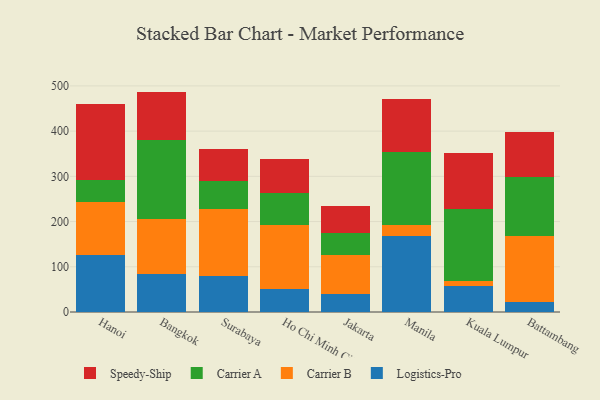
{"axis": {"x": "City", "y": "LTV (USD)"}, "legend": ["Carrier A", "Carrier B", "Logistics-Pro", "Speedy-Ship"], "data": [{"x": "Hanoi", "y": 125.1, "type": "Logistics-Pro"}, {"x": "Hanoi", "y": 118.8, "type": "Carrier B"}, {"x": "Hanoi", "y": 49.1, "type": "Carrier A"}, {"x": "Hanoi", "y": 166.6, "type": "Speedy-Ship"}, {"x": "Bangkok", "y": 83.8, "type": "Logistics-Pro"}, {"x": "Bangkok", "y": 122.7, "type": "Carrier B"}, {"x": "Bangkok", "y": 173.1, "type": "Carrier A"}, {"x": "Bangkok", "y": 107.8, "type": "Speedy-Ship"}, {"x": "Surabaya", "y": 80.2, "type": "Logistics-Pro"}, {"x": "Surabaya", "y": 148.4, "type": "Carrier B"}, {"x": "Surabaya", "y": 61.1, "type": "Carrier A"}, {"x": "Surabaya", "y": 71.7, "type": "Speedy-Ship"}, {"x": "Ho Chi Minh City", "y": 50.9, "type": "Logistics-Pro"}, {"x": "Ho Chi Minh City", "y": 140.6, "type": "Carrier B"}, {"x": "Ho Chi Minh City", "y": 71.8, "type": "Carrier A"}, {"x": "Ho Chi Minh City", "y": 75.6, "type": "Speedy-Ship"}, {"x": "Jakarta", "y": 39.0, "type": "Logistics-Pro"}, {"x": "Jakarta", "y": 86.1, "type": "Carrier B"}, {"x": "Jakarta", "y": 50.6, "type": "Carrier A"}, {"x": "Jakarta", "y": 57.7, "type": "Speedy-Ship"}, {"x": "Manila", "y": 168.2, "type": "Logistics-Pro"}, {"x": "Manila", "y": 25.0, "type": "Carrier B"}, {"x": "Manila", "y": 159.8, "type": "Carrier A"}, {"x": "Manila", "y": 117.6, "type": "Speedy-Ship"}, {"x": "Kuala Lumpur", "y": 57.8, "type": "Logistics-Pro"}, {"x": "Kuala Lumpur", "y": 9.9, "type": "Carrier B"}, {"x": "Kuala Lumpur", "y": 159.5, "type": "Carrier A"}, {"x": "Kuala Lumpur", "y": 124.0, "type": "Speedy-Ship"}, {"x": "Battambang", "y": 22.1, "type": "Logistics-Pro"}, {"x": "Battambang", "y": 144.9, "type": "Carrier B"}, {"x": "Battambang", "y": 131.0, "type": "Carrier A"}, {"x": "Battambang", "y": 101.0, "type": "Speedy-Ship"}]}